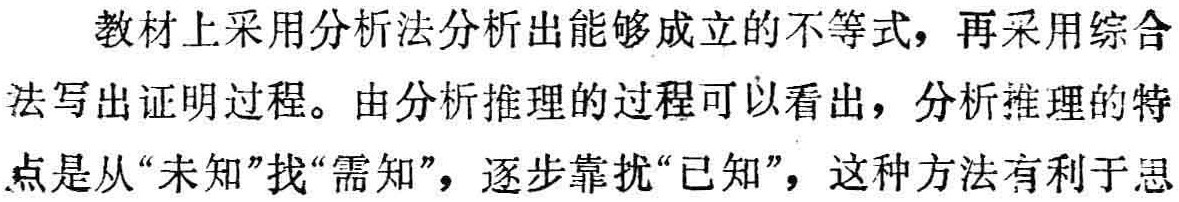
教材上采用分析法分析出能够成立的不等式，再采用综合法写出证明过程。由分析推理的过程可以看出，分析推理的特点是从“未知”找“需知”，逐步靠拢“已知”，这种方法有利于思